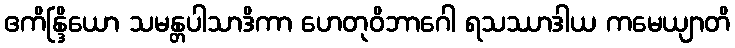
ဧကိန္ဒြိယော သမန္တပါသာဒိကာ ဟေတုဝိဘာဂေါ ရသဿာဒါယ ကမေယျာတိ